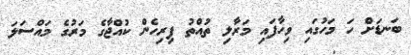
ބަނޑަށް ހަ މަހުގައި ވިހާފައި މަރާލި ތުއްތު ފިރިހެން ކުއްޖާގެ މަރުގެ މައްސަލަ